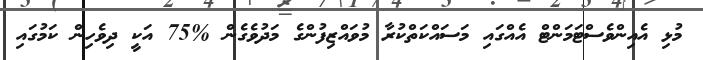
މުޅި އެއިންވެސްޓަމަންޓް އެއްގައި މަސައްކަތްކުރާ މުވައްޒިފުންގެ މަދުވެގެން %75 އަކީ ދިވެހިން ކަމުގައި